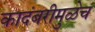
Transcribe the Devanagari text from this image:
कादंबरीमुळेच